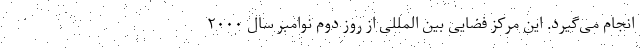
انجام می‌گیرد. این مرکز فضایی بین المللی از روز دوم نوامبر سال ۲۰۰۰